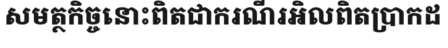
សមត្ថកិច្ចនោះពិតជាករណីរអិលពិតប្រាកដ